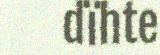
dïhte